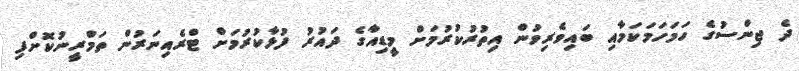
ދެ ޖިންސުގެ ހަމަހަމަކަމާއި ބައިވެރިވުން އިތުރުކުރުމަށް މީޑިއާގެ ދައުރު ފުޅާކުރުމަށް ޓްރެއިނަރުން ތަމްރީނުކޮށްފި